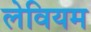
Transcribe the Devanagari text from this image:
लेवियम